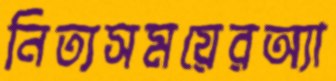
নিত্যসময়েরঅ্যা